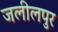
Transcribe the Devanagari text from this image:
जलीलपुर